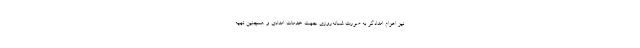
نیز اعزام امدادگر به صورت شبانه‌روزی جهت خدمات امدادی و همچنین تهیه